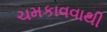
ચમકાવવાથી